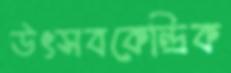
উৎসবকেন্দ্রিক